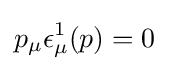
p_{\mu }\epsilon _{\mu }^{1}(p)=0